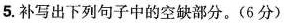
5.补写出下列句子中的空缺部分。(6分)